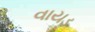
વાયડ